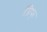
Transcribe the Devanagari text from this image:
ग्रिफ्